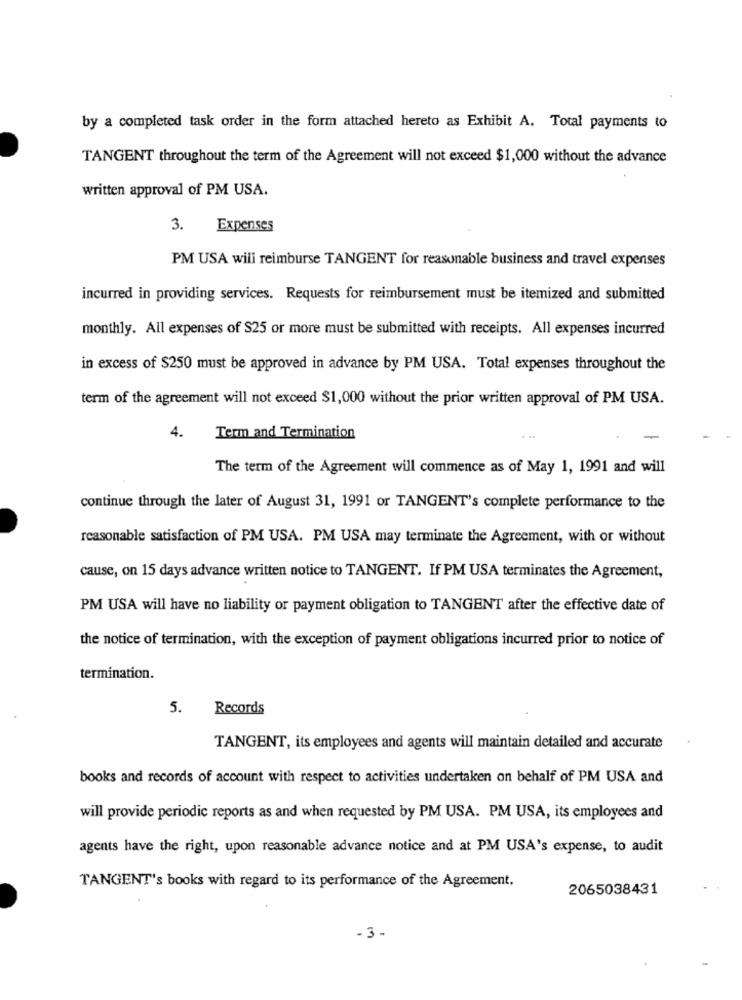
by a completed task order in the form attached hereto as Exhibit A. Total payments to
TANGENT throughout the term of the Agreement will not exceed $1,000 without the advance
written approval of PM USA.
3. Expenses
PM USA wili reimburse TANGENT for reasonable business and travel expenses
incurred in providing services. Requests for reimbursement must be itemized and submitted
monthly. All expenses of $25 or more must be submitted with receipts. All expenses incurred
in excess of $250 must be approved in advance by PM USA. Total expenses throughout the
term of the agreement will not exceed $1,000 without the prior written approval of PM USA.
4.
Term and Termination
...
The term of the Agreement will commence as of May 1, 1991 and will
continue through the later of August 31, 1991 or TANGENT's complete performance to the
reasonable satisfaction of PM USA. PM USA may terminate the Agreement, with or without
cause, on 15 days advance written notice to TANGENT. If PM USA terminates the Agreement,
PM USA will have no liability or payment obligation to TANGENT after the effective date of
the notice of termination, with the exception of payment obligations incurred prior to notice of
termination.
5.
Records
TANGENT, its employees and agents will maintain detailed and accurate
books and records of account with respect to activities undertaken on behalf of PM USA and
will provide periodic reports as and when requested by PM USA. PM USA, its employees and
agents have the right, upon reasonable advance notice and at PM USA's expense, to audit
TANGENT's books with regard to its performance of the Agreement.
2065038431
- 3-